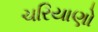
ચરિયાણો